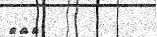
٢٢١